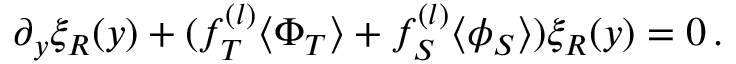
\partial _ { y } \xi _ { R } ( y ) + ( f _ { T } ^ { ( l ) } \langle \Phi _ { T } \rangle + f _ { S } ^ { ( l ) } \langle \phi _ { S } \rangle ) \xi _ { R } ( y ) = 0 \, .